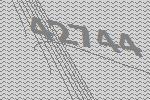
42744